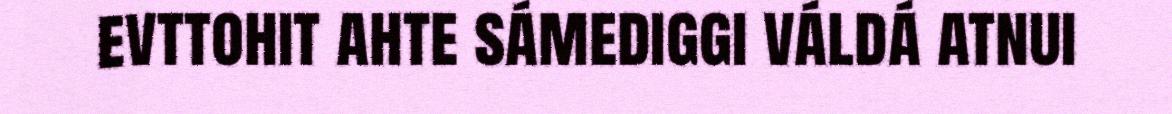
evttohit ahte sámediggi váldá atnui